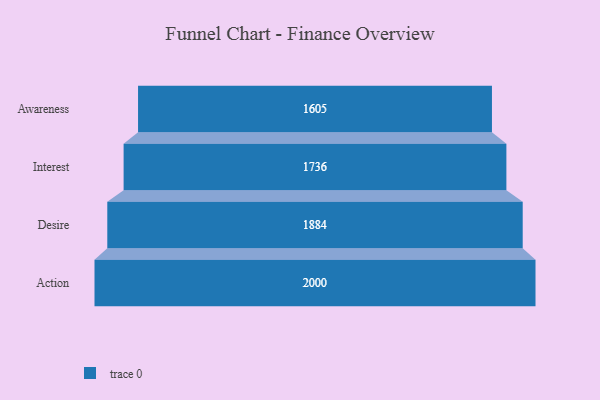
{"axis": {"x": "Stage", "y": "Value"}, "legend": [""], "data": [{"x": "Awareness", "y": 1605.0, "type": ""}, {"x": "Interest", "y": 1736.0, "type": ""}, {"x": "Desire", "y": 1884.0, "type": ""}, {"x": "Action", "y": 2000, "type": ""}]}